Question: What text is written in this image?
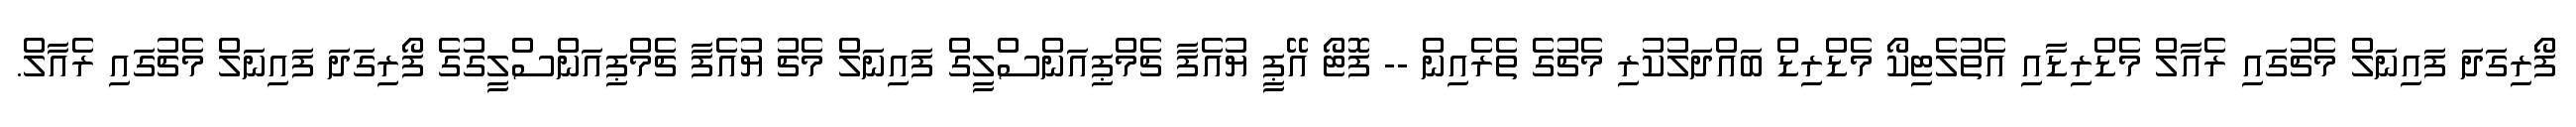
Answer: ފޯރިގަދަ ފައިނަލް މެޗުގައި ރެއާލް މެޑްރިޑާއި އެތުލެޓިކޯ މެޑްރިޑް ބައްދަލުކުރި މެޗުގެ ތެރެއިން -- ފޮޓޯ އޭޕީ ޔުއެފާ ޗެމްޕިއަންސްލީގް ފައިނަލް މެޗު ޔުއެފާ ޗެމްޕިއަންސްލީގުގެ ފޯރިގަދަ ފައިނަލް މެޗުގައި ރެއާލް.